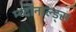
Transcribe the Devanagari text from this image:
म्च्दोनाल्ड्स